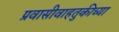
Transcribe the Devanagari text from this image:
प्रवासीवाहतुकीच्या